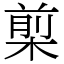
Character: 㮍